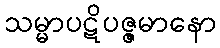
သမ္မာပဋိပဇ္ဇမာနော